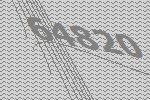
64820